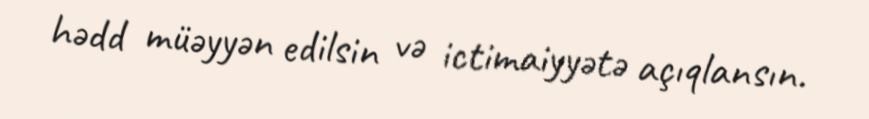
hədd müəyyən edilsin və ictimaiyyətə açıqlansın.